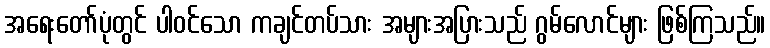
အရေးတော်ပုံတွင် ပါဝင်သော ကချင်တပ်သား အများအပြားသည် ဂွမ်လောင်များ ဖြစ်ကြသည်။